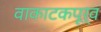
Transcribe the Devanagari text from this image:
वाकाटकपूर्व